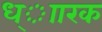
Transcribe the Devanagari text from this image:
ध्ाारक